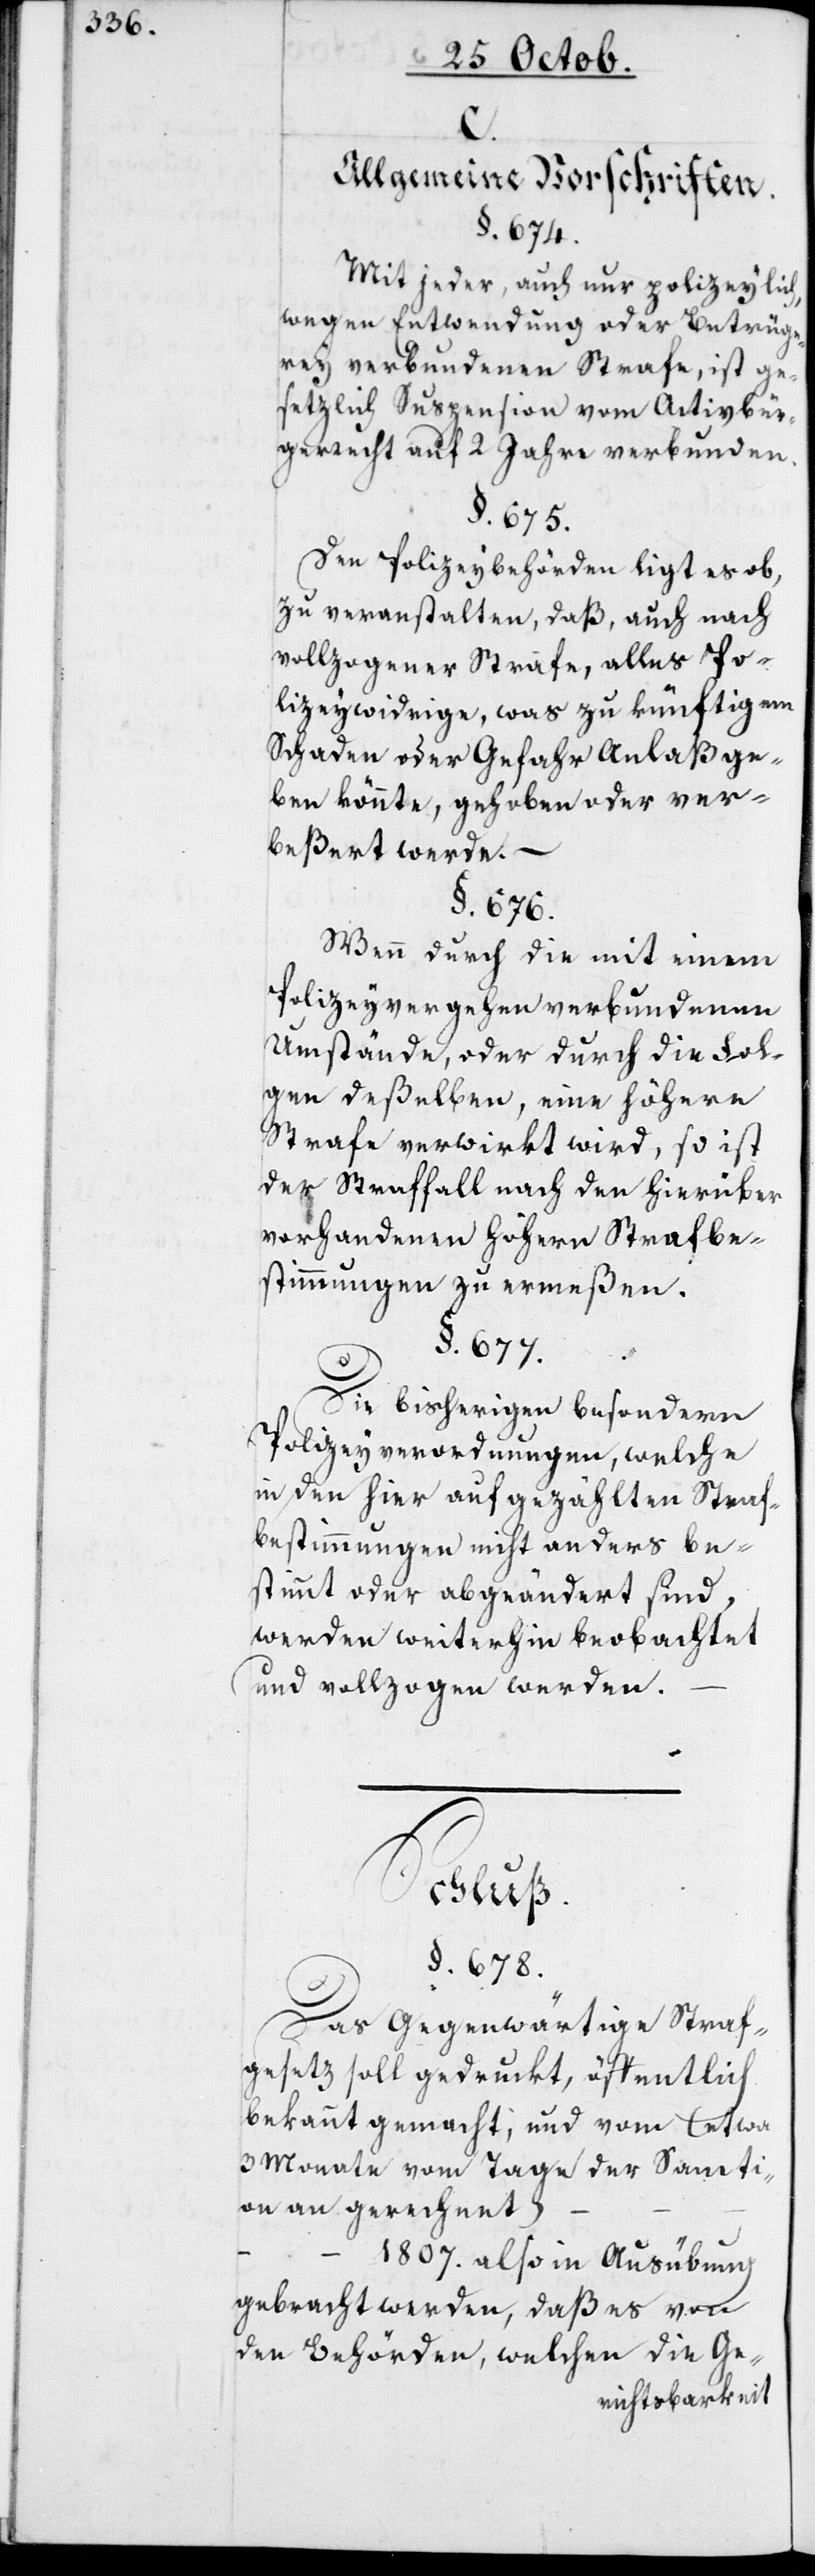
C.
Allgemeine Vorschriften.
§. 674.
Mit jeder, auch nur polizeylich,
wegen Entwendung oder Betrüge¬
rey verbundenen Strafe, ist ge¬
setzlich Suspension vom Aktivbür¬
gerrecht auf 2 Jahre verbunden.
§. 675.
Den Polizeybehörden liegt es ob,
zu veranstalten, daß auch nach
vollzogener Strafe, alles Po¬
lizeywidrige, was zu künftigem
Schaden oder Gefahr Anlaß ge¬
ben könnte, gehoben oder ver¬
beßert werde. –
§. 676.
Wenn durch die mit einem
Polizeyvergehen verbundenen
Umstände, oder durch die Fol¬
gen deßelben, eine höhere
Strafe verwirkt wird, so ist
der Straffall nach den hierüber
vorhandenen höhern Strafbe¬
stimmungen zu ermeßen.
§. 677.
Die bisherigen besondern
Polizeyverordnungen, welche
in den hier aufgezählten Straf¬
bestimmungen nicht anders be¬
stimmt oder abgeändert sind,
werden weiterhin beobachtet
und vollzogen werden.
Schluß.
§. 678.
Das gegenwärtige Straf¬
gesetz soll gedruckt, öffentlich
bekannt gemacht, und vom (etwa
3 Monate vom Tage der Sancti¬
on an gerechnet) …
… 1807. also in Ausübung
gebracht werden, daß es von
den Behörden, welchen die Ge-